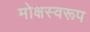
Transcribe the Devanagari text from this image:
मोक्षस्वरूप